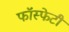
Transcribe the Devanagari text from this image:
फॉस्फेटी